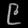
Digit: ၉